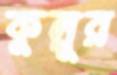
কুল্লুর